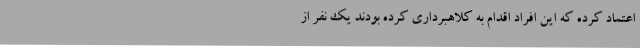
اعتماد کرده که این افراد اقدام به کلاهبرداری کرده بودند یک نفر از